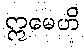
ဣမေဟိ